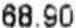
68.90